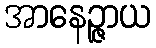
အာနေဉ္ဇာယ